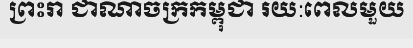
ព្រះរា ជាណាចក្រកម្ពុជា រយ:ពេលមួយ